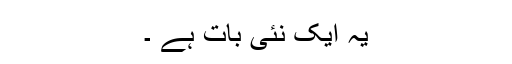
یہ ایک نئی بات ہے ۔